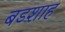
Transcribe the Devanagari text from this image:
बडशाह